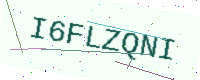
Text: I6FLZQNI